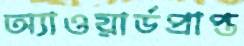
অ্যাওয়ার্ডপ্রাপ্ত